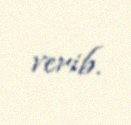
verib.